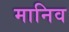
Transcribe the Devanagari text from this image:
मानिव